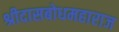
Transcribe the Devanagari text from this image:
श्रीदासबोधमहाराज